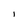
Character: I